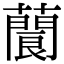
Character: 䕞